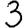
Digit: 3